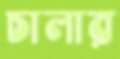
চালার